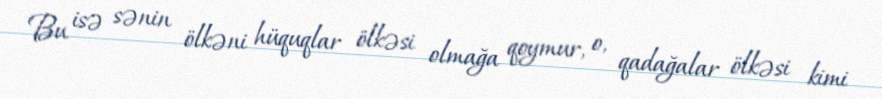
Bu isə sənin ölkəni hüquqlar ölkəsi olmağa qoymur, o, qadağalar ölkəsi kimi